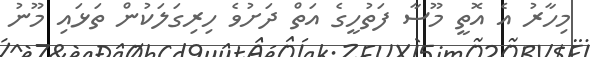
މިހާރު އެ އޮތީ މޫސާ ފަތުހީގެ އަތް ދަށުވެ ހިރިގަލަކުން ތަޅައި މޫނު